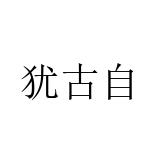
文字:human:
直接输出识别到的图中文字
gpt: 犹古自